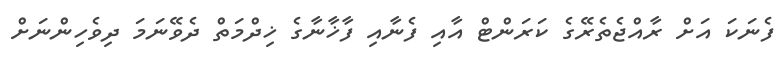
ފެނަކަ އަށް ރާއްޖެތެރޭގެ ކަރަންޓް އާއި ފެނާއި ފާޚާނާގެ ޚިދްމަތް ދެވޭނަމަ ދިވެހިންނަށް